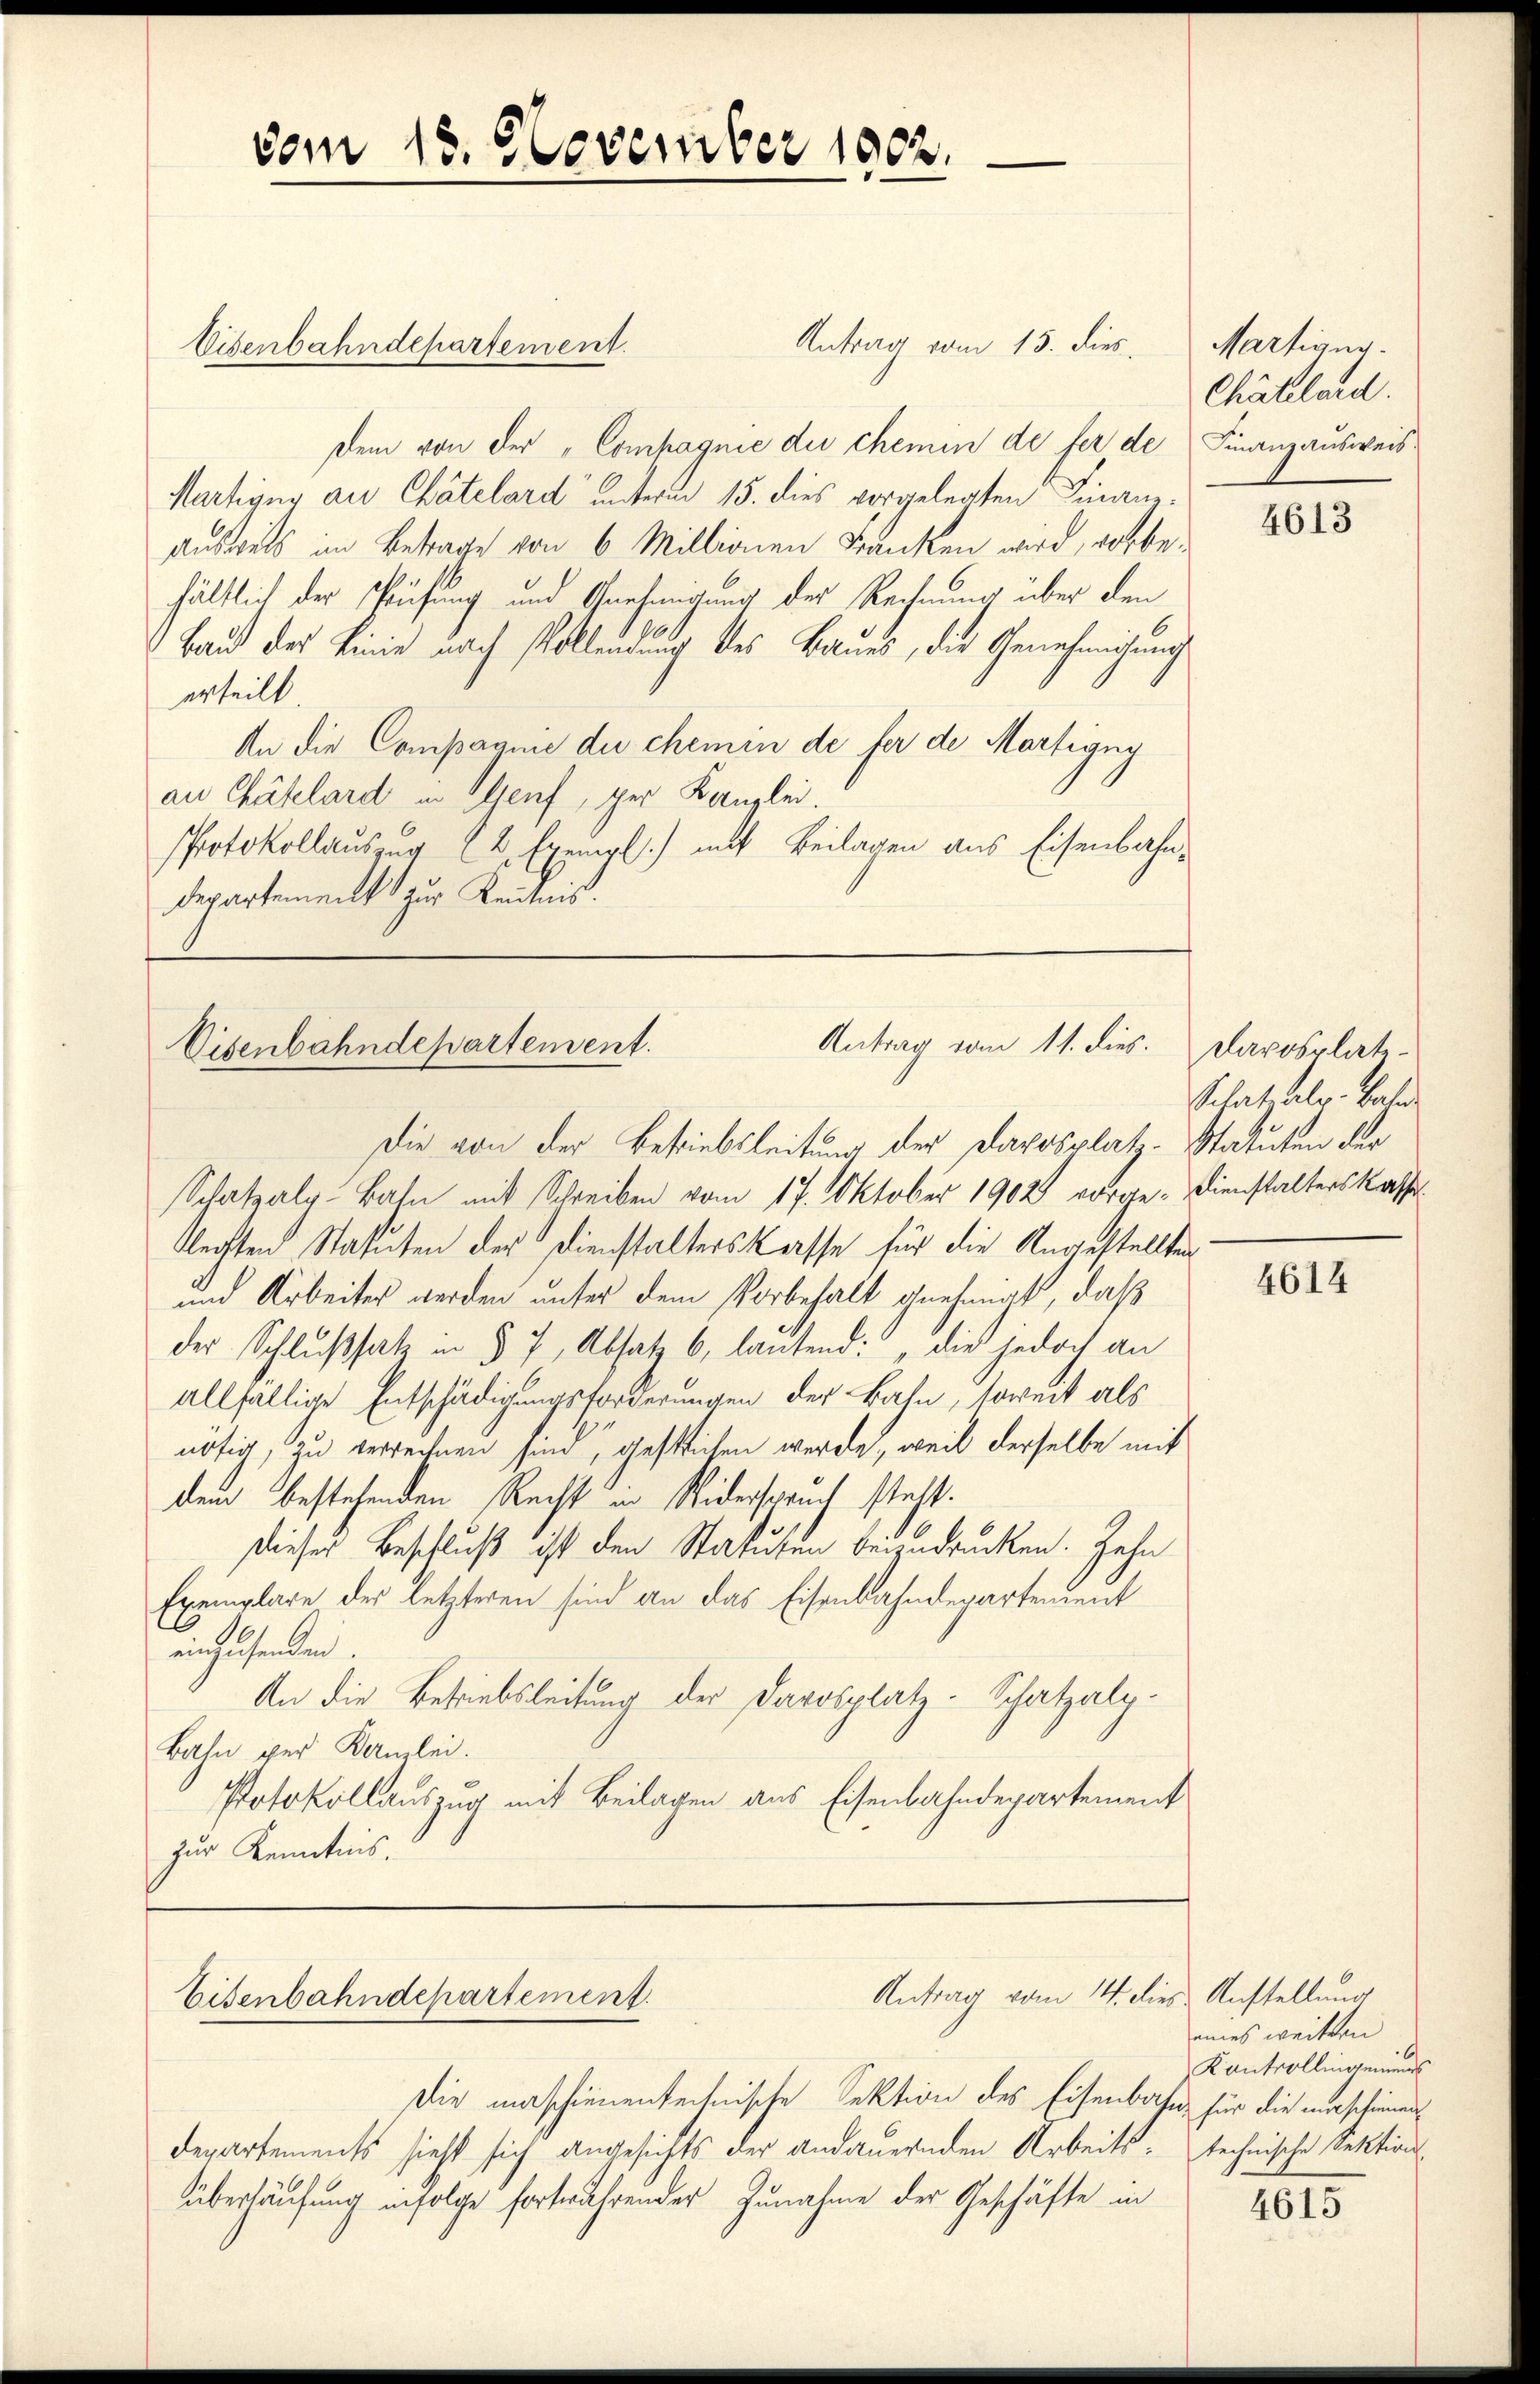
Antrag vom 15. dies
Eisenbahndepartement.
Dem von der „Compagnie der chemin de fer de Finanzausweis.
Martiger au Chätelard unterm 15. dies vorgelegten Finanz¬
Ausweis im Betrage von 6 Millionen Fränken wird, vorbehältlich der Prüfung und Gnehmigung der Rechnung über den
Baud der Linie nach Vollendung des Baues, die Genehmigung
erteilt.
An die Companie du chemin de fer de Martigny
an Chätelard in Genf, per Kanzlei.
Protokollauszug u. Exempl.) mit Beilagen aus Eisenbahndepartement zur Kenntnis.

vom 15. November 1902.

Antrag vom 11. dies.
Eisenbahndepartement.
Die von der Betriebsleitung der Davosplatz. Statuten der

Schatzaly-Bahn mit Schreiben vom 17. Oktober 1902 vorge- Dienstalterskasse
lechten Statuten der Dienstalterskasse für die Angestellten
und Arbeites werden unter dem Vorbehalt guetmat, daß
der Schlußsatz in § 7, Absatz 6., lautend: die jedoch an
allfällige Entschädigungsforderungen der Bahn, soweit als
nötig, zu verrechnen sind, gestlichen werde, weil derselbe mit
dem bestehenden Recht in Widerspruch steht.
dieses Beschluß ist den Statuten beizudrücken. Zehn
Exemplare des letzteren sind an das Eisenbahndepartendent
enhusenden.
An die Betriebsleitung der Darosplatz. Schatzalp.
Bahn der Kanzlei.
Protokollauszug mit Beilagen aus Eisenbahndepartement
zur Kenntnis.

Eisenbahndepartement.

Antrag vom 14. dies Anstellung

Die maschienen technische Sektion des Eisenbahn für die maschienen
Departements sieht sich angesichts der andauernden Arbeits- technische Sektions-
überläufung infolge fortwährender Zunahme der Geschäfte in

Martieng.
Chählard.

4613

Darosplate¬
Sclat als Vater

4614

eines weitern
Kontrollingeniens

4615